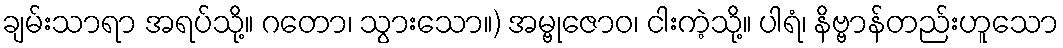
ချမ်းသာရာ အရပ်သို့။ ဂတော၊ သွားသော။) အမ္ဗုဇောဝ၊ ငါးကဲ့သို့။ ပါရံ၊ နိဗ္ဗာန်တည်းဟူသော